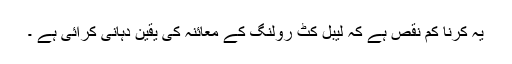
یہ کرنا کم نقص ہے کہ لیبل کٹ رولنگ کے معائنہ کی یقین دہانی کرائی ہے ۔